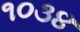
૧૦૩૪